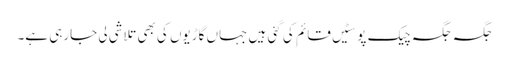
جگہ جگہ چیک پوسٹیں قائم کی گئی ہیں جہاں گاڑیوں کی بھی تلاشی لی جارہی ہے۔